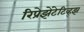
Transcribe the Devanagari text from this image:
रिप्रेझेंटेटिव्ह्झ